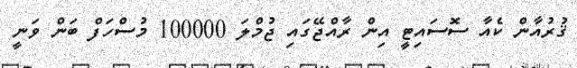
ޤުރުއާން ކެއާ ސޮސައިޓީ އިން ރާއްޖޭގައި ޖުމްލަ 100000 މުސްހަފް ބަން ވަނީ